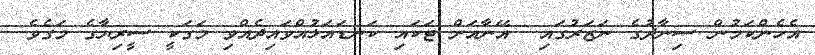
އެހެންކަމުން ސިނާދުގެ ނަޒަރުގައި  އޭނާއަށް ޓަކައި ކަނޑައަޅުއްވައިދެއްވި މަގަކީ ސީރިޔާގެ މަގެވެ.